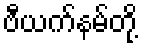
ဗီယက်နမ်တို့